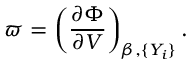
\varpi = \left( \frac { \partial \Phi } { \partial V } \right) _ { \beta , \{ Y _ { i } \} } .